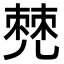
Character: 𠒧